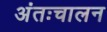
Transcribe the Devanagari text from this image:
अंतःचालन